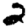
Digit: 2